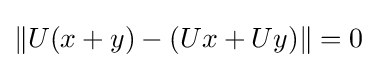
\|U(x+y)-(Ux+Uy)\|=0